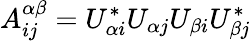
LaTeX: A_{ij}^{\alpha\beta}=U_{\alpha i}^{*}U_{\alpha j}U_{\beta i}U_{\beta j}^{*}